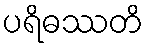
ပရိဓဿတိ